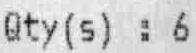
QTY(S) : 6